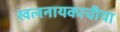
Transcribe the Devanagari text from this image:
खलनायकाचीया